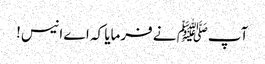
آپﷺ نے فرمایا کہ اے انیس!